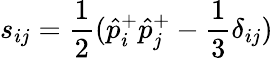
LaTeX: s_{ij}={\frac{1}{2}}(\hat{p}_{i}^{+}\hat{p}_{j}^{+}-{\frac{1}{3}}\delta_{ij})